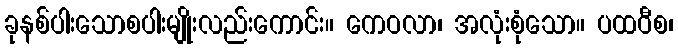
ခုနစ်ပါးသောစပါးမျိုးလည်းကောင်း။ ကေဝလာ၊ အလုံးစုံသော။ ပထဝီစ၊